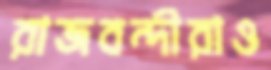
রাজবন্দীরাও